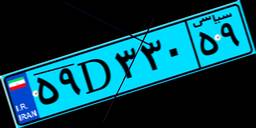
۵۹D۳۳۰۵۹